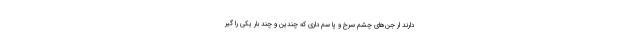
دارند ار جن‌های چشم سرخ و پا سم داری که چندین و چند بار یکی را گیر